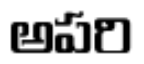
అపరి